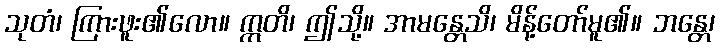
သုတံ၊ ကြားဖူး၏လော။ ဣတိ၊ ဤသို့။ အာမန္တေသိ၊ မိန့်တော်မူ၏။ ဘန္တေ၊